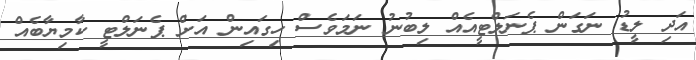
އަދި ލީޑު ނަގަން ޕެނަލްޓީއެއް ލިބުނު ނަމަވެސް ހިގައިން އަށް ޕެނަލްޓީ ކާމިޔާބެއް